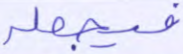
فيجعله